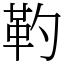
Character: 靮